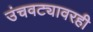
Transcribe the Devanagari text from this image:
उंचवट्यावरही